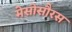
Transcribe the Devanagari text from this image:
मेसोसौरस